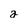
Character: a